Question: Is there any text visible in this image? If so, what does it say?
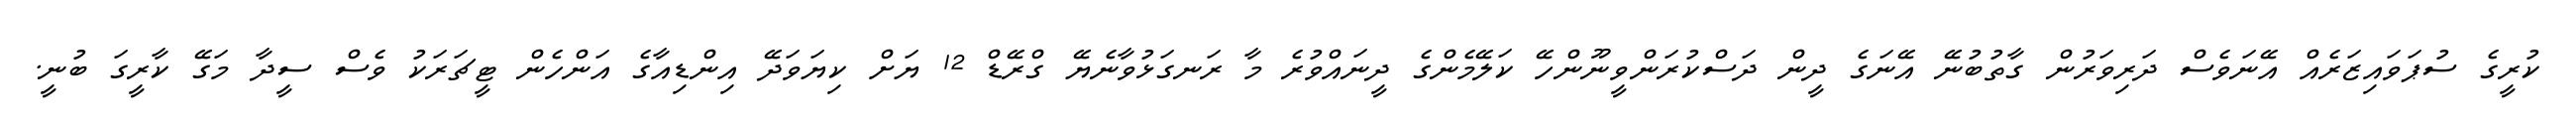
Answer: ކުރީގެ ސުޕަވައިޒަރެއް އޭނަވެސް ދަރިވަރުން ގާތުބުނޭ އޭނަގެ ދީން ދަސްކުރަންވީނޫންހޭ ކަލޭމެންގެ ދީނައްވުރެ މާ ރަނގަޅުވާނެޔޭ ގްރޭޑް 12 ޔަށް ކިޔަވަދޭ އިންޑިއާގެ އަންހެން ޓީޗަރަކު ވެސް ސީދާ މަގޭ ކާރީގަ ބުނީ.